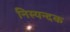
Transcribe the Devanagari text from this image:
निस्यन्दक